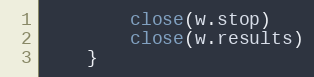
Language: Go
		close(w.stop)
		close(w.results)
	}